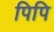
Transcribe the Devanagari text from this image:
पिपि